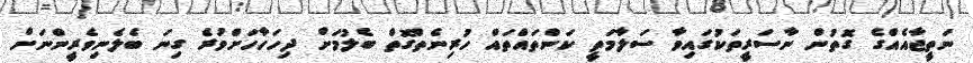
ނަތީޖާއެއްގެ ގޮތުން ނާސަރީތަކުގައިވާ ސަލާމަތީ ކަންތައްތައް ހުރިނެތްގޮތް ބެލުމަށް ދިހަހާހަށްވުރެ ގިނަ ބެލެނިވެރީންނަށް